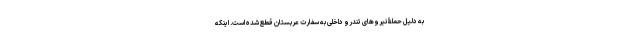
به دلیل حملۀ نیروهای تندرو داخلی به سفارت عربستان قطع شده است. اینکه